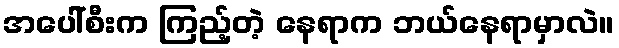
အပေါ်စီးက ကြည့်တဲ့ နေရာက ဘယ်နေရာမှာလဲ။